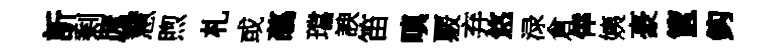
訢剩厖慧煦札或蘤璫諛笛嗔覈弃悠渌倉倖姨豪篋鈎